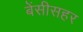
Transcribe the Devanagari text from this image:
बेंसीसहर